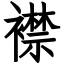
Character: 襟